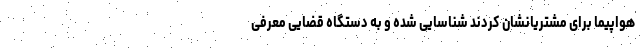
هواپیما برای مشتریانشان کردند شناسایی شده و به دستگاه قضایی معرفی